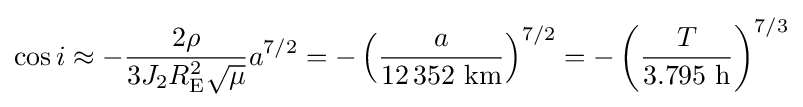
\cos i\approx -{\frac {2\rho }{3J_{2}R_{\text{E}}^{2}{\sqrt {\mu }}}}a^{7/2}=-\left({\frac {a}{12\,352{\text{ km}}}}\right)^{7/2}=-\left({\frac {T}{3.795{\text{ h}}}}\right)^{7/3}